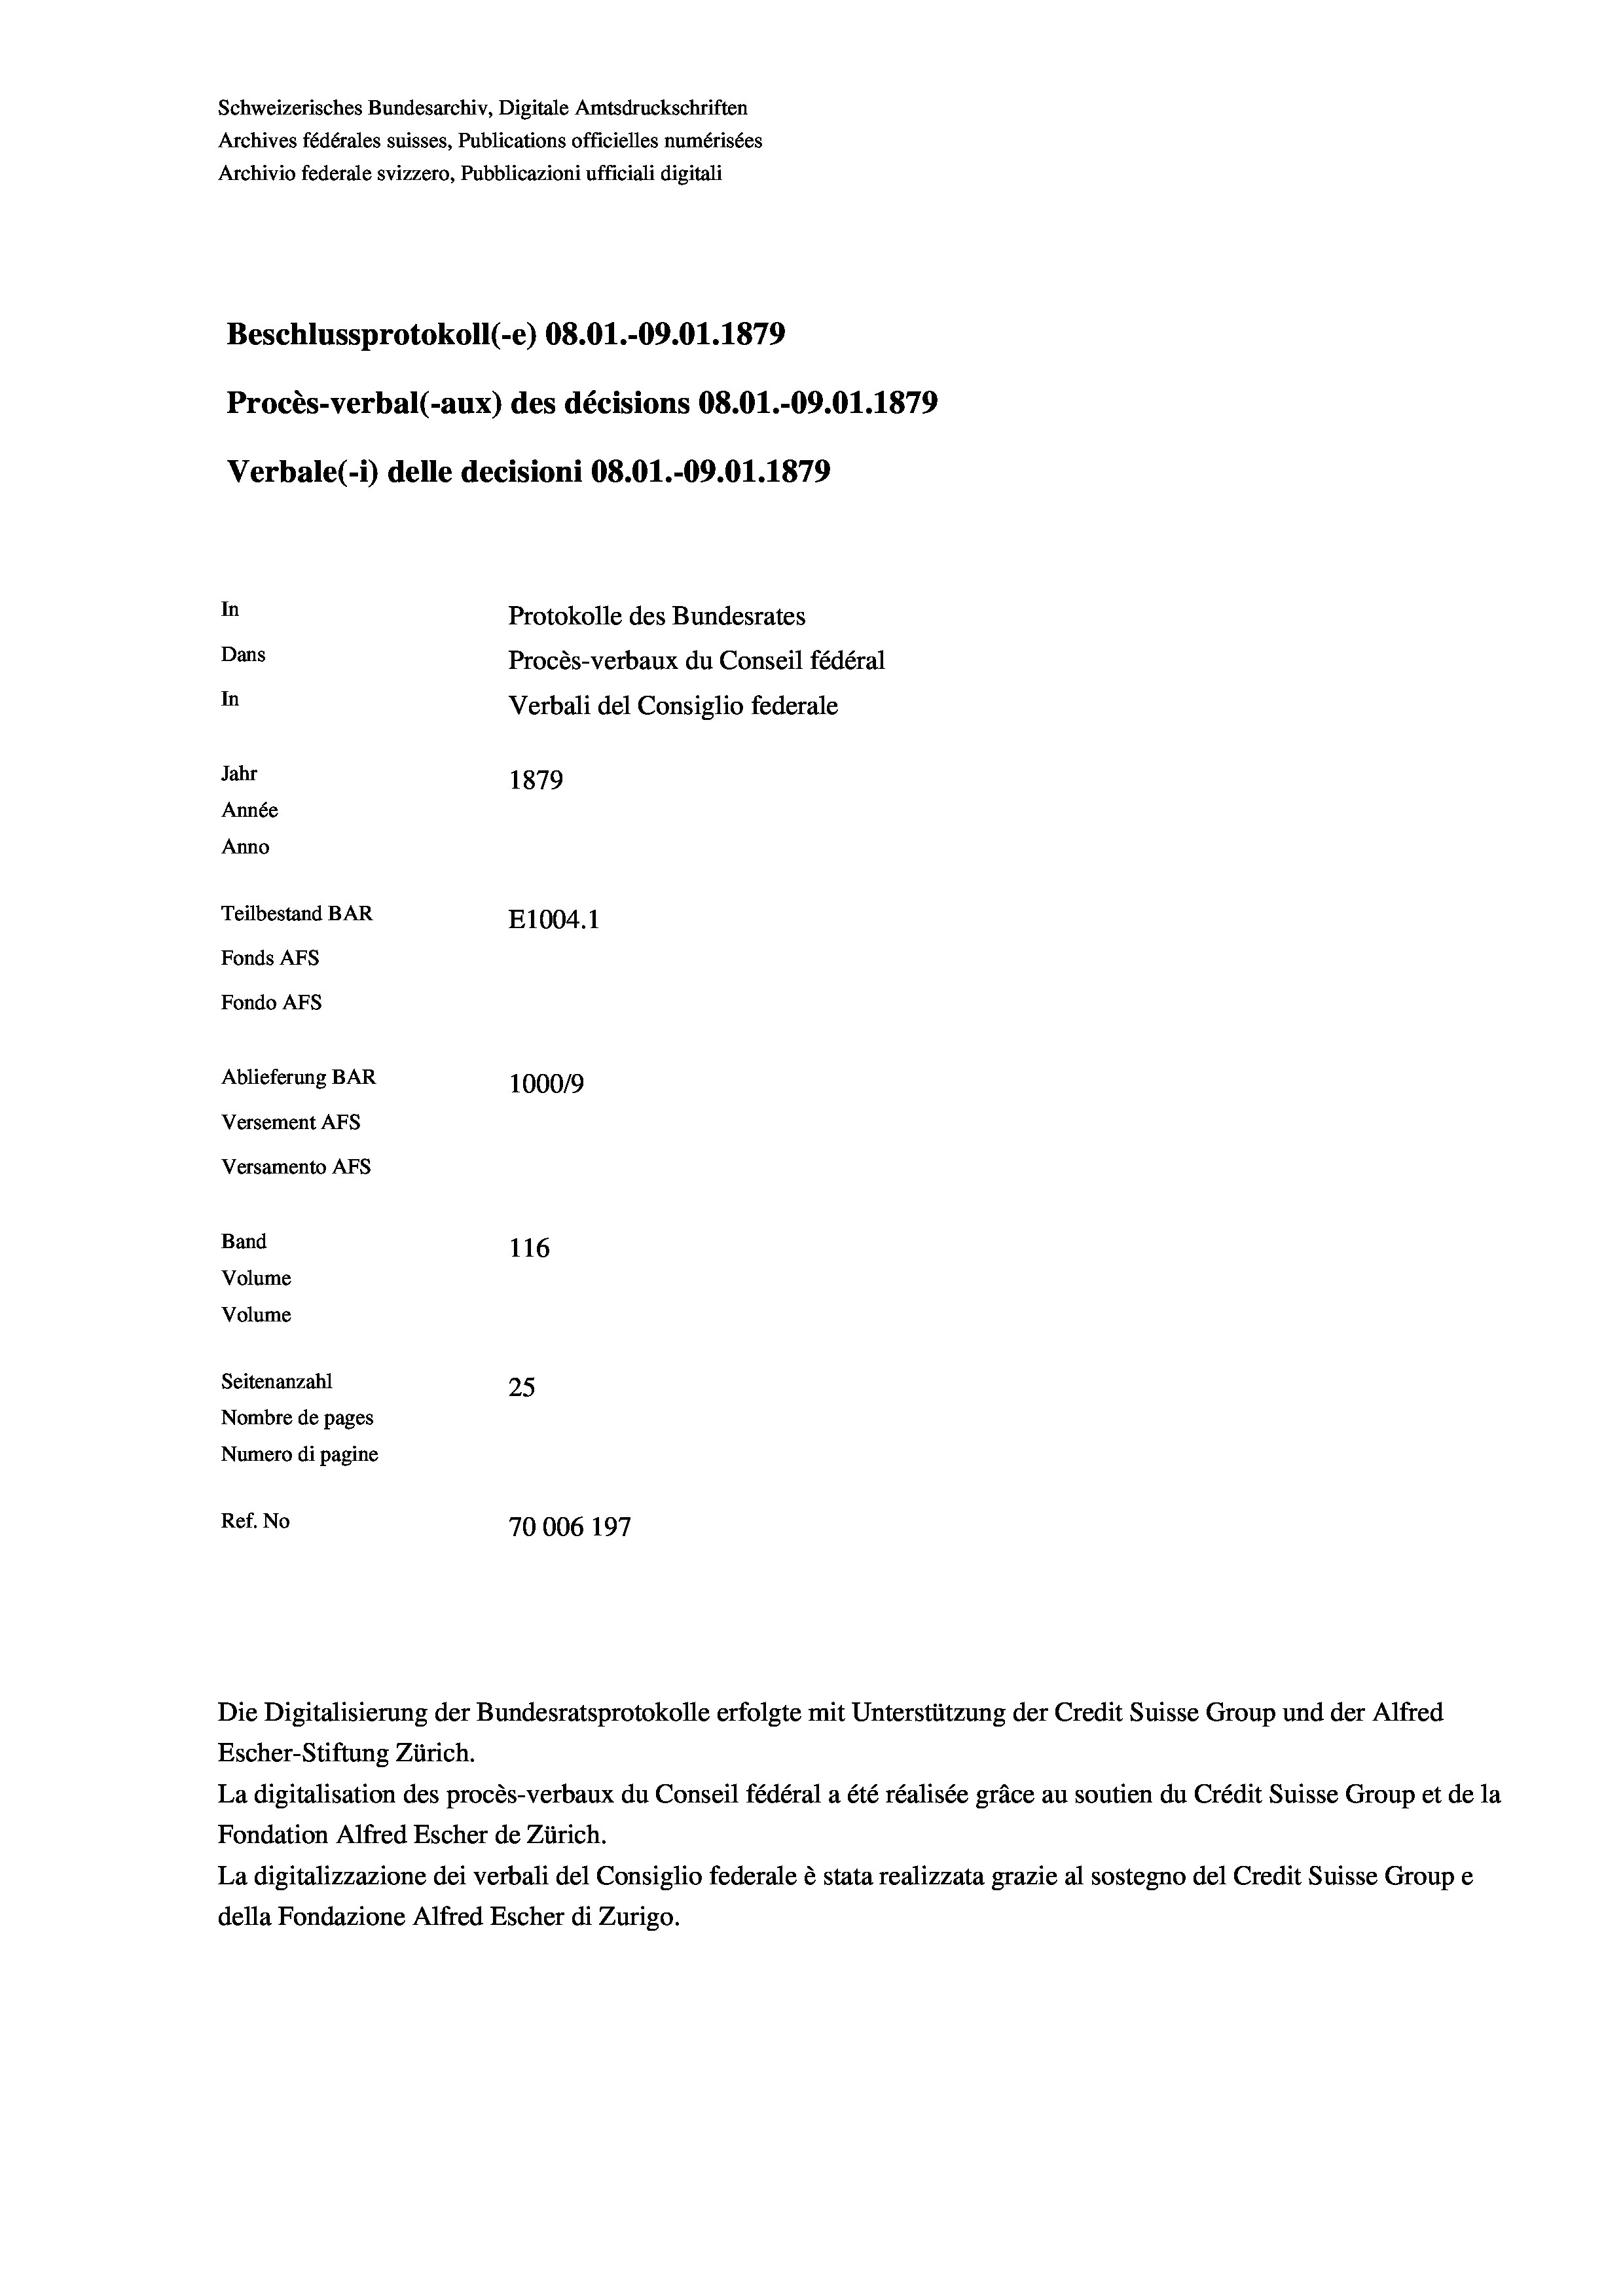
Schweizerisches Bundesarchiv, Digitale Amtsdruckschriften
Archives fédérales suisses, Publications officielles numérisées
Archivio federale svizzero, Pubblicazioni ufficiali digitali
Beschlussprotokoll (-e) 08.01.-09.01. 1879
Procès-verbal (-aux) des décisions OS.O1.-09.01.1879
Verbale (1) delle decisioni 08.01.-09.01. 1879
In
Protokolle des Bundesrates
Dans
Procès-verbaux du Conseil fédéral
In
Verbali del Consiglio federale
Jahr
1879
Année
Anno
Teilbestand BAR
E1004.1
Fonds AFs
Fondo AFS
Ablieferung BAR
100019
Versement AFs
Versamento AFs
Band
116
Volume
Volume
Seitenanzahl
25
Nombre de pages
Numero di pagine
Ref. No
70006 197

Die Digitalisierung der Bundesratsprotokolle erfolgte mit Unterstützung der Credit Suisse Group und der Alfred
Escher-Stiftung Zürich.
La digitalisation des procès-verbaux du Conseil fédéral a été réalisée gräce au soutien du Crédit Suisse Group et de la
Fondation Alfred Escher de Zürich.
La digitalizzazione dei verbali del Consiglio federale è stata realizzata grazie al sostegno del Credit Suisse Groupe
della Fondazione Alfred Escher di Zurigo.